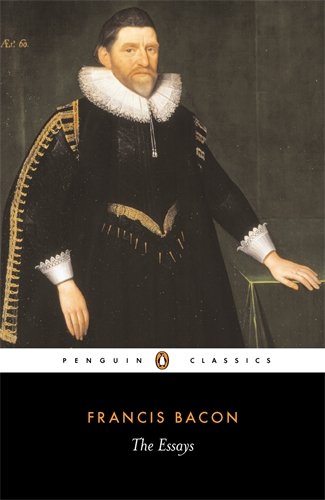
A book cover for The Essays (Penguin Classics); Francis Bacon; Literature & Fiction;